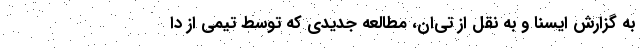
به گزارش ایسنا و به نقل از تی‌ان، مطالعه جدیدی که توسط تیمی از دا